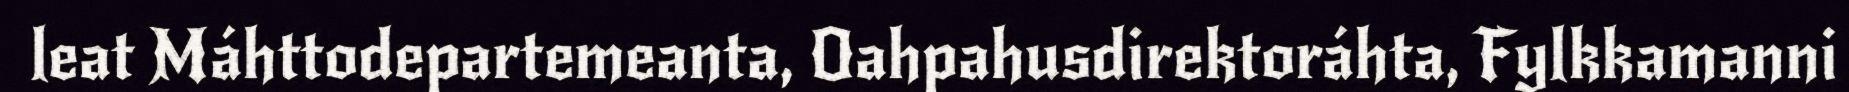
leat Máhttodepartemeanta, Oahpahusdirektoráhta, Fylkkamanni